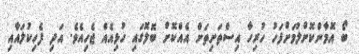
ބޯ އޮމާންކޮށްލުމަށްފަހު ހުރިހާ އިސްތަށިތަށް އެއްކޮށް ބޮލޮގައި ހުޅިއެއް ޖެހިއެވެ. އަދި ފެހިކުލައާއި